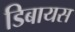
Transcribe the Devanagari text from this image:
डिबायस